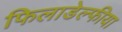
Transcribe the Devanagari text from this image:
फिलाडेल्फीया